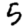
Digit: 5